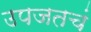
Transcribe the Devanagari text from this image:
उपजतचं